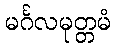
မင်္ဂလမုတ္တမံ